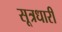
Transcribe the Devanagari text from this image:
सूत्रधारी